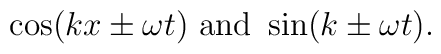
\cos (kx\pm \omega t)\textrm{ and }\sin (k\pm \omega t).